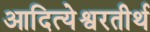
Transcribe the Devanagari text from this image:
आदित्येश्वरतीर्थ